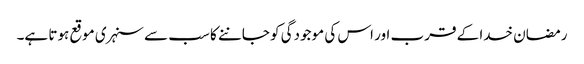
رمضان خدا کے قرب اور اس کی موجودگی کو جاننے کا سب سے سنہری موقع ہوتا ہے۔